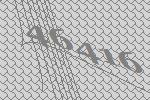
46416